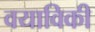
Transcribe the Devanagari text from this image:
वयाविकी